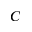
C